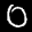
Label: 0